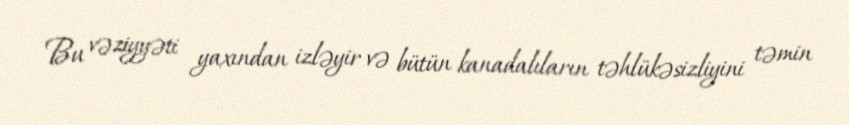
Bu vəziyyəti yaxından izləyir və bütün kanadalıların təhlükəsizliyini təmin